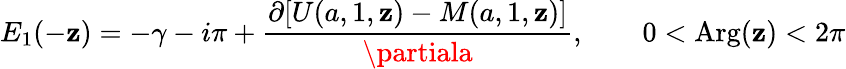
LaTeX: E_{1}(-\mathbf{z})=-\gamma-i\pi+{\frac{{\partial[U(a,1,\mathbf{z})-M(a,1,\mathbf{z})]}}{{\partiala}}},\qquad0<\mathrm{{{Arg}}}(\mathbf{z})<2\pi